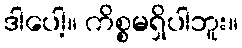
ဒါပေါ့။ ကိစ္စမရှိပါဘူး။